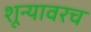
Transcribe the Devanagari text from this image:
शून्यावरच